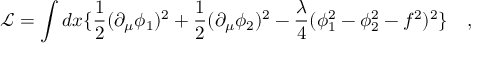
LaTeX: \mathcal { L } = \int d x \{ \frac { 1 } { 2 } ( \partial _ { \mu } \phi _ { 1 } ) ^ { 2 } + \frac { 1 } { 2 } ( \partial _ { \mu } \phi _ { 2 } ) ^ { 2 } - \frac { \lambda } { 4 } ( \phi _ { 1 } ^ { 2 } - \phi _ { 2 } ^ { 2 } - f ^ { 2 } ) ^ { 2 } \} \quad ,